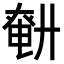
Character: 𢍤